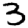
Digit: 3